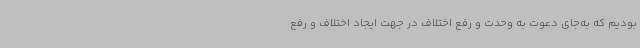
بودیم که به‌جای دعوت به وحدت و رفع اختلاف در جهت ایجاد اختلاف و رفع